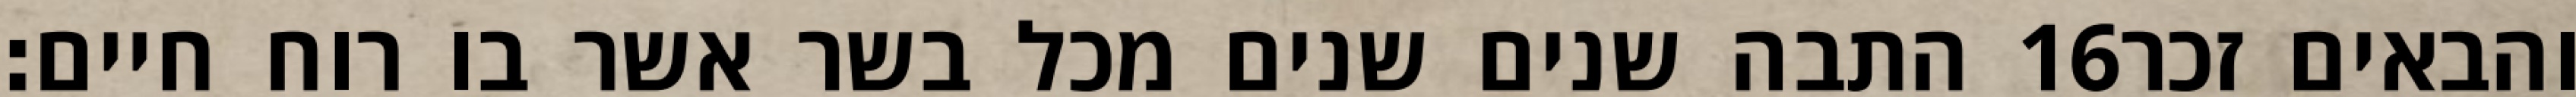
התבה שנים שנים מכל בשר אשר בו רוח חיים׃ ‎16‏ והבאים זכר